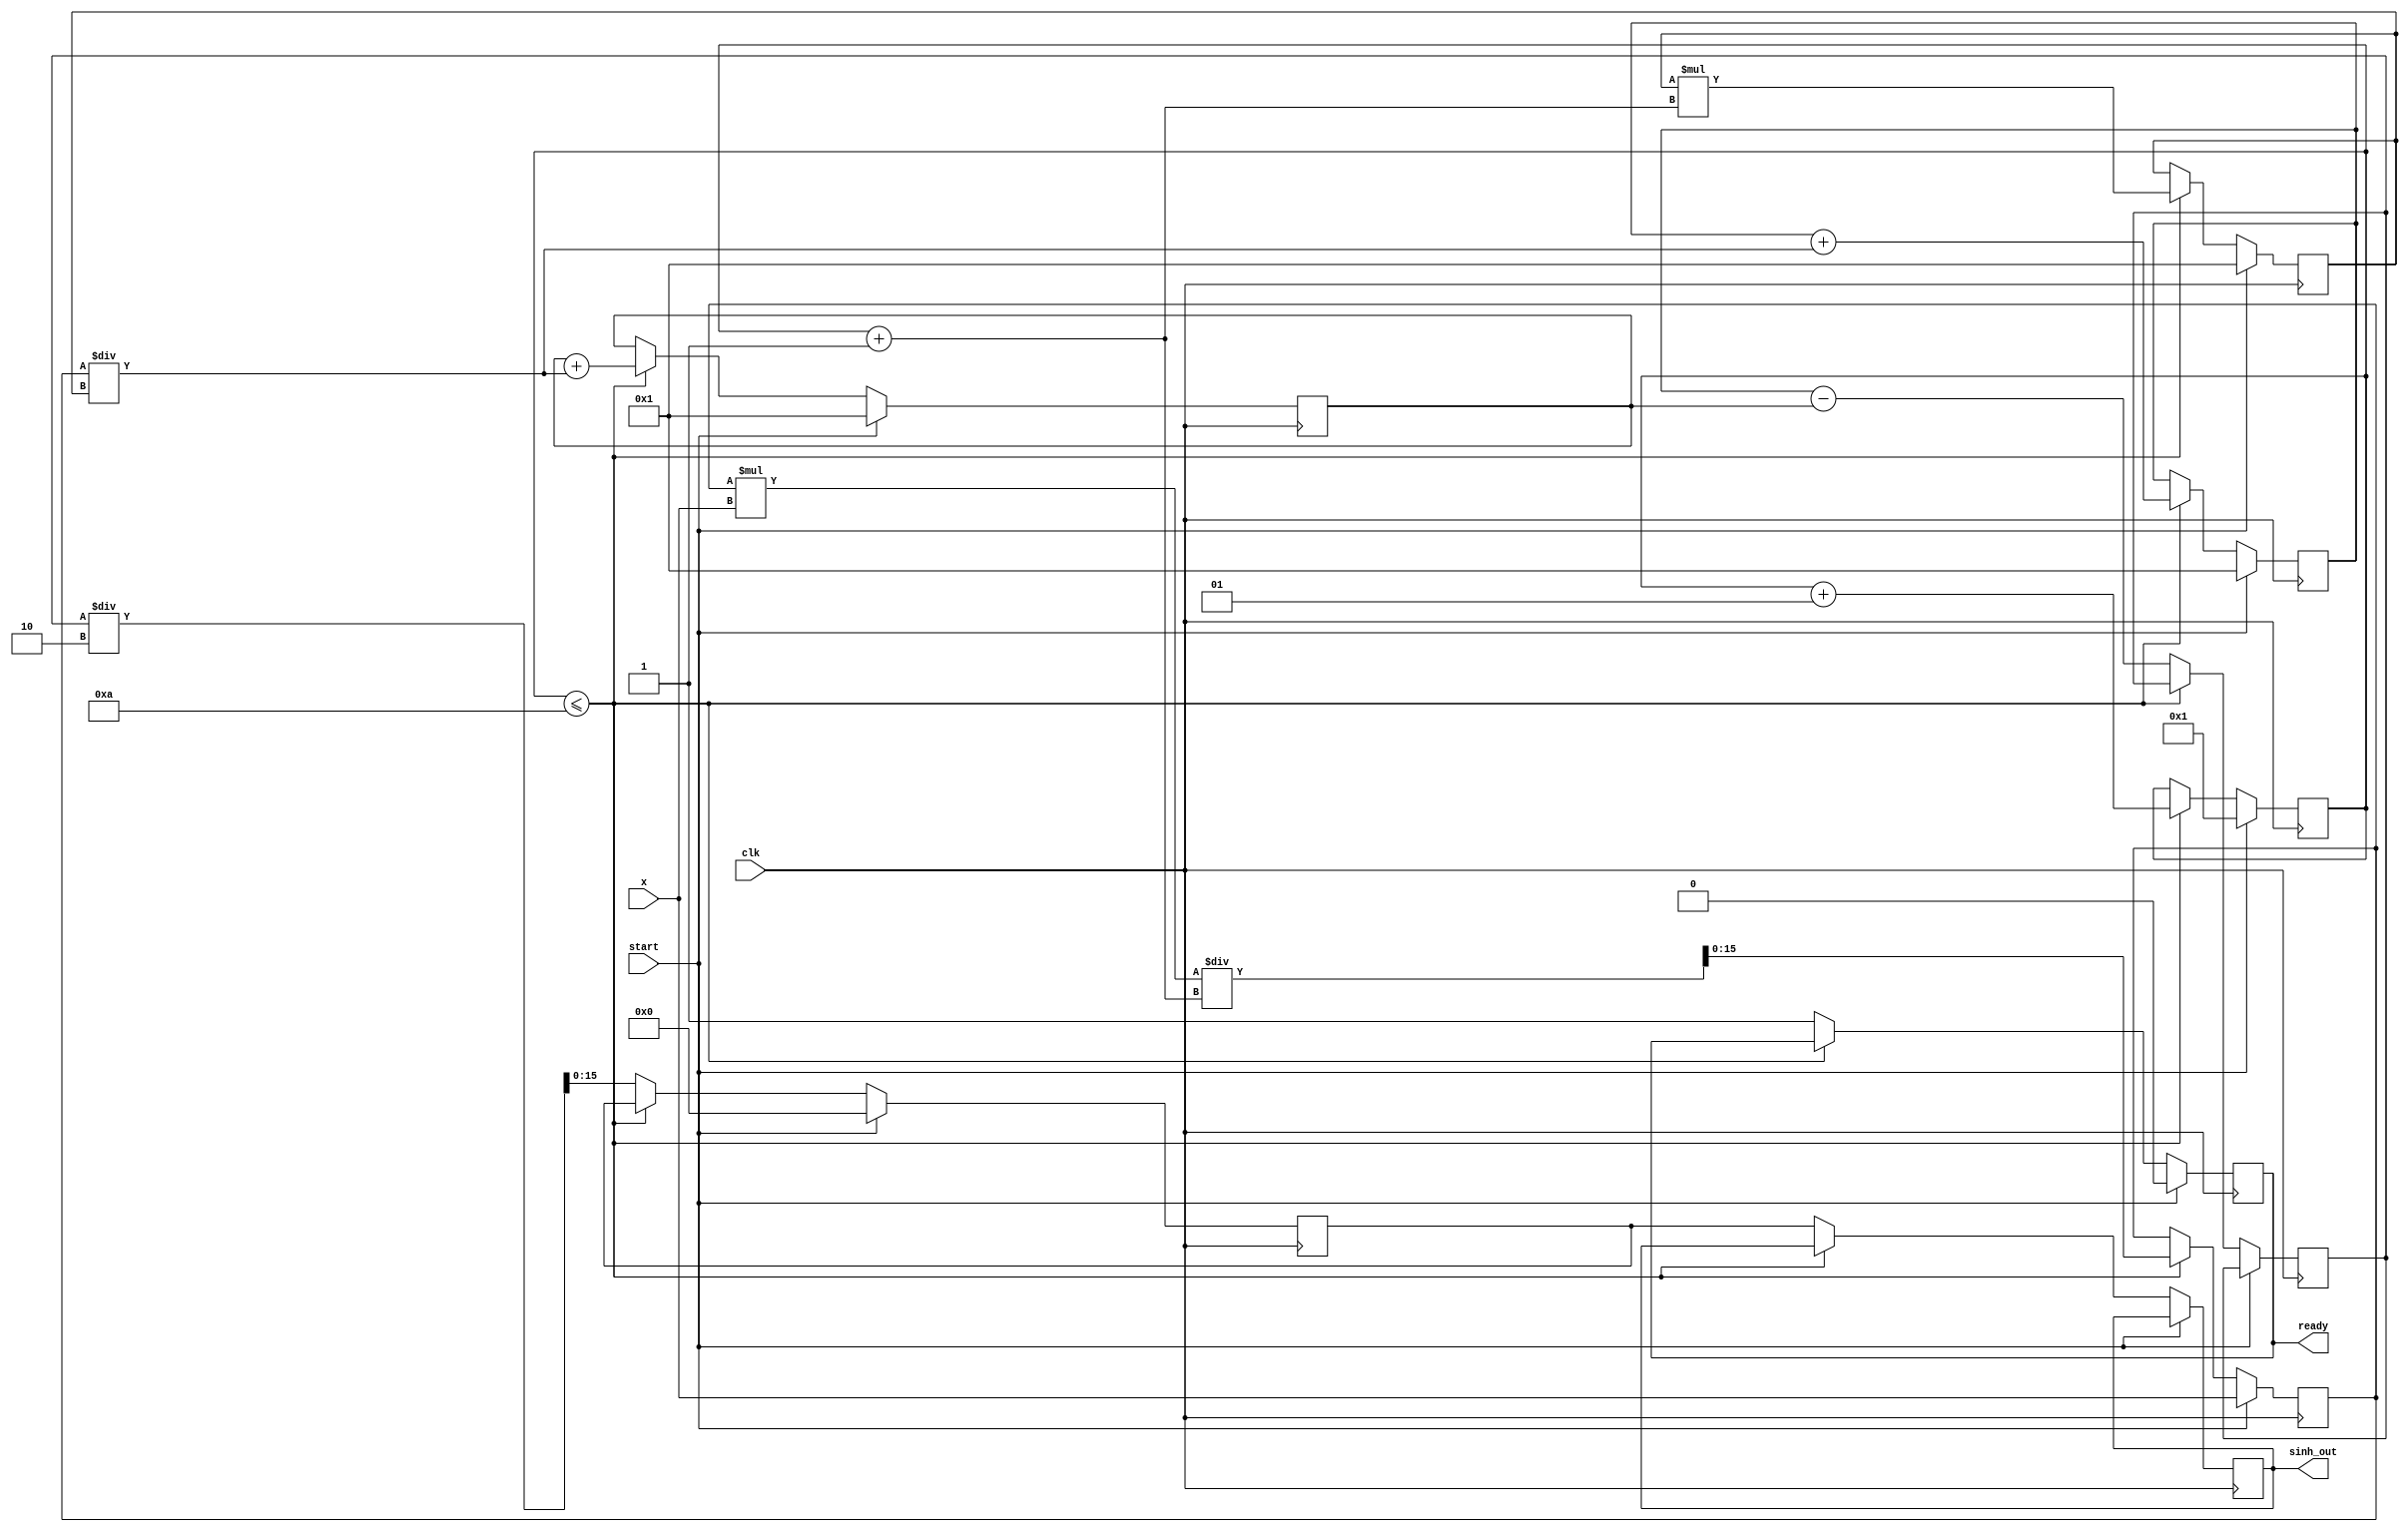
module sinh_block(
    input wire [15:0] x,          // 16-bit fixed-point input (representing x)
    output reg [15:0] sinh_out,   // 16-bit fixed-point output (sinh(x))
    input wire clk,
    input wire start,
    output reg ready
);
    reg [15:0] e_x;                // e^x
    reg [15:0] e_neg_x;            // e^(-x)
    reg [15:0] diff;               // e^x - e^(-x)
    reg [15:0] result;             // final result

    // Parameters for the Taylor series expansion
    parameter MAX_ITER = 10;       // Number of iterations for Taylor series
    reg [15:0] term;                // Current term in the series
    reg [15:0] factorial;           // Factorial value
    integer i;

    always @(posedge clk) begin
        if (start) begin
            ready <= 0;
            e_x <= 16'h0001; // e^0 = 1
            e_neg_x <= 16'h0001; // e^0 = 1
            term <= x; // First term in Taylor series
            factorial <= 16'h0001; // 0! = 1
            result <= 16'h0000; // Initialize result
            i <= 1; // Start from the first term
        end else if (i <= MAX_ITER) begin
            // Calculate e^x using Taylor series
            e_x <= e_x + (term / factorial);
            // Calculate e^(-x) using Taylor series
            e_neg_x <= e_neg_x + (term / factorial);
            
            // Update term and factorial for next iteration
            term <= (term * x) / (i + 1); // x^n / n!
            factorial <= factorial * (i + 1); // Update factorial
            i <= i + 1; // Increment iteration
        end else begin
            // Compute sinh(x) = (e^x - e^(-x)) / 2
            diff <= e_x - e_neg_x;
            result <= diff / 2;
            sinh_out <= result; // Output the result
            ready <= 1; // Indicate that the calculation is done
        end
    end
endmodule